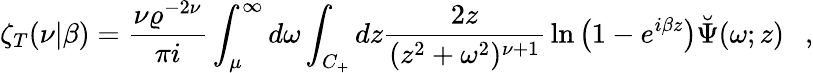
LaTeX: \zeta_{T}(\nu|\beta)={\frac{\nu\varrho^{-2\nu}}{\pi i}}\int_{\mu}^{\infty}d\omega\int_{C_{+}}dz{\frac{2z}{(z^{2}+\omega^{2})^{\nu+1}}}\ln\left(1-e^{i\beta z}\right)\breve{\Psi}(\omega;z)~~~,